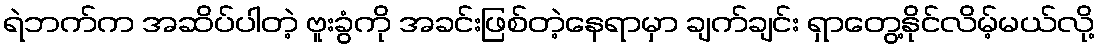
ရဲဘက်က အဆိပ်ပါတဲ့ ဗူးခွံကို အခင်းဖြစ်တဲ့နေရာမှာ ချက်ချင်း ရှာတွေ့နိုင်လိမ့်မယ်လို့